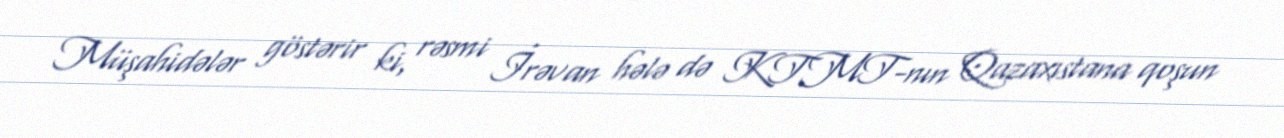
Müşahidələr göstərir ki, rəsmi İrəvan hələ də KTMT-nın Qazaxıstana qoşun